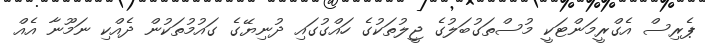
ޕެރިސް އެގްރީމަންޓަކީ މުސްތަގުބަލުގެ ޖީލުތަކުގެ ހައްގުގައި ދުނިޔޭގެ ގައުމުތަކުން ދެއްކި ނަމޫނާ އެއް